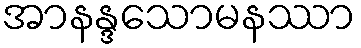
အာနန္ဒသောမနဿာ